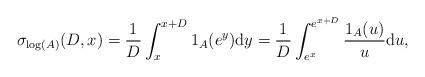
LaTeX: \begin{align*}\sigma_{\log(A)}(D,x) = \frac{1}{D} \int_{x}^{x+D} 1_A(e^y) \mathrm{d}y = \frac{1}{D} \int_{e^x}^{e^{x+D}} \frac{1_A(u)}{u} \mathrm{d}u,\end{align*}